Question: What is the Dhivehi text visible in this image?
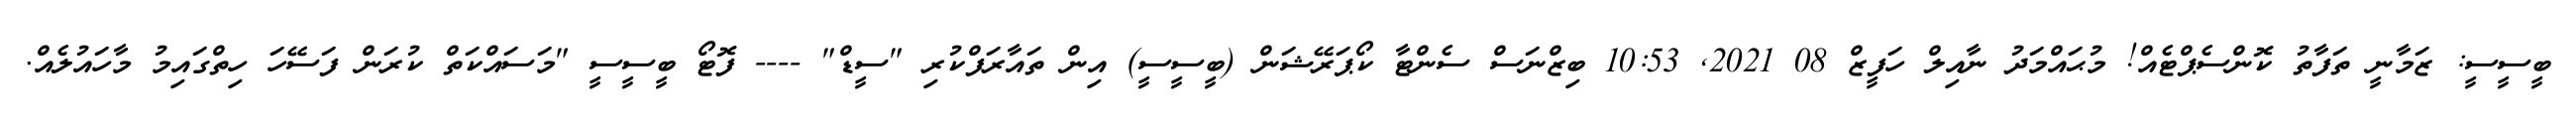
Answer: ބީސީސީ: ޒަމާނީ ތަފާތު ކޮންސެޕްޓެއް! މުޙައްމަދު ނާއިލް ހަފީޒް 08 2021, 10:53 ބިޒްނަސް ސެންޓާ ކޯޕަރޭޝަން (ބީސީސީ) އިން ތައާރަފްކުރި "ސީޑް" ---- ފޮޓޯ ބީސީސީ "މަސައްކަތް ކުރަން ފަސޭހަ ހިތްގައިމު މާހައުލެއް.